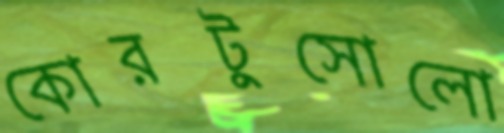
কোরটুসোলো